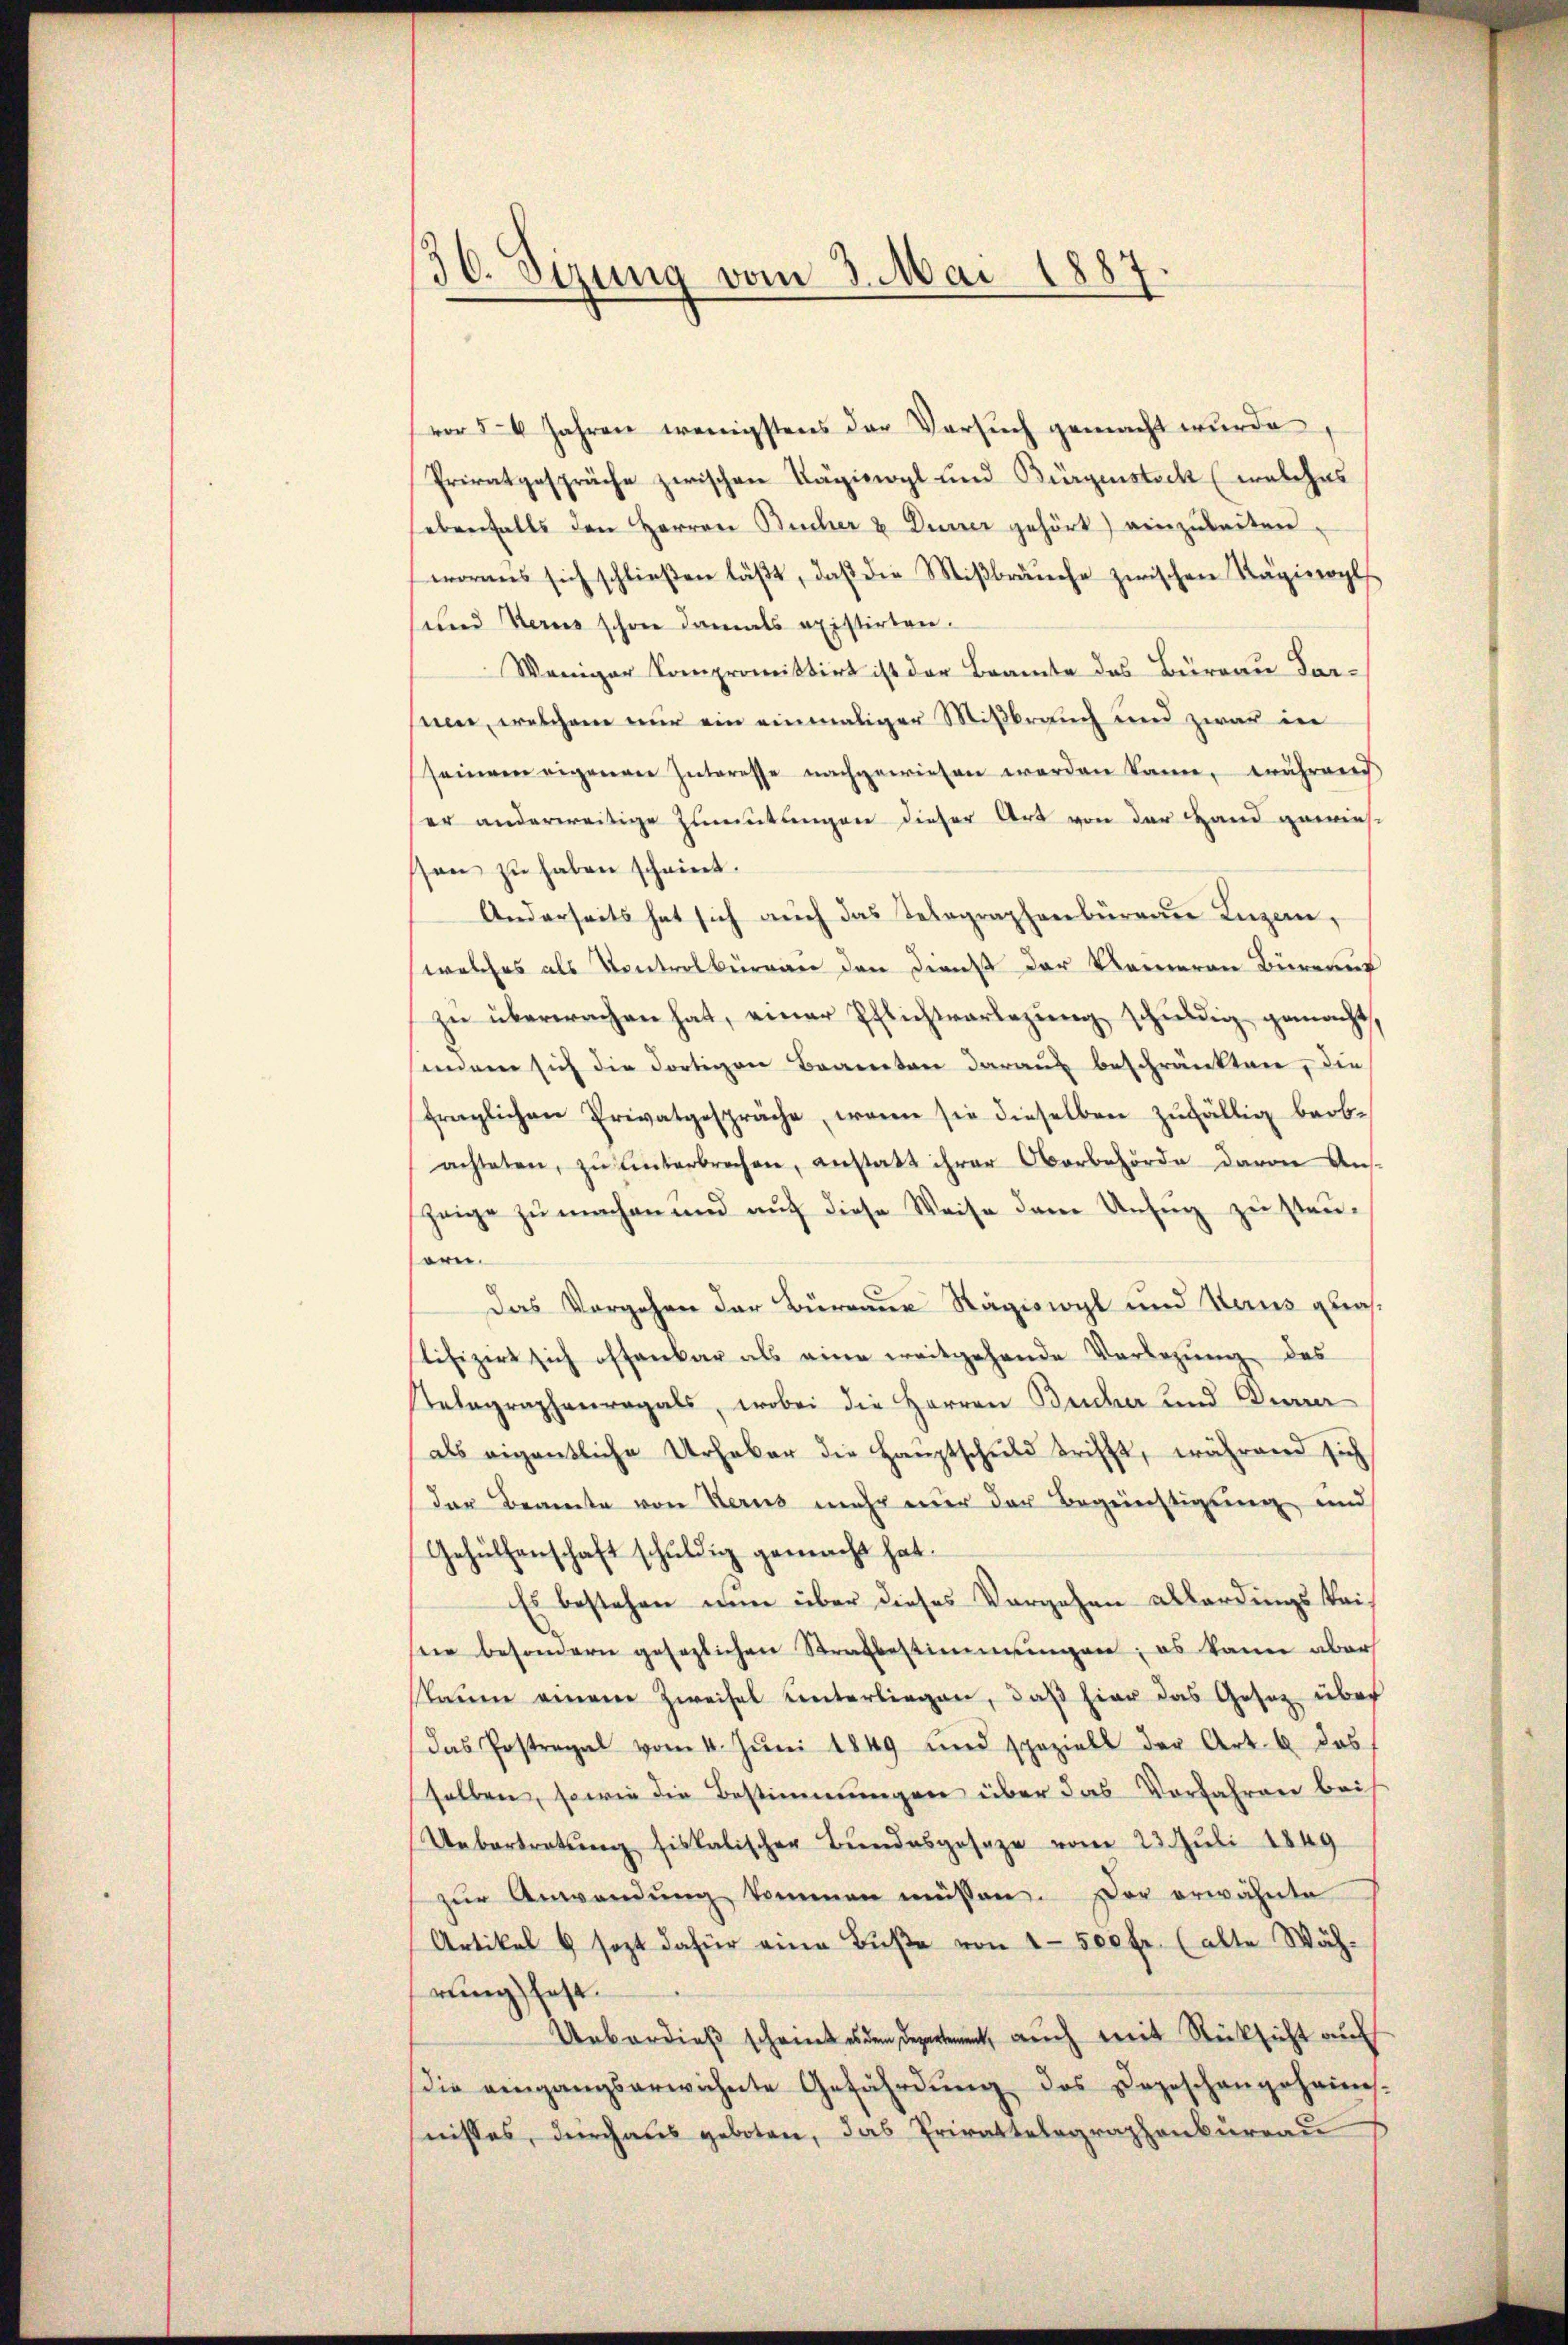
d
50. Sizung vom 3. Mai 1887.

vor 14 Jahren wenigstens der Versuch gemacht wurde,
Privatgespräche zwischen Käginogl und Bürgenstock (welches
ebenfalls den Herren Bücher u Dürrer gehört einzuleiten.
worans sich schlieβen läβt, daβ die Miβbraŭche zwischen Kägiwogls
und Verus schon damals existirten.
Weniger Compromittirt ist der Beamte des Büreau darsien, welchem nur ein einmaliger Mißbrauch und zwar in
seinem eigenen Interesse nachgewiesen werden kann, währen
er anderweitige Zumutlingen dieser Art von der Hand gewies
son zu haben scheint.
Anderseits hat sich auch das Telegraphenbüreau Luzern,
welches als Kontrolbüreau den Dienst der Kameran Büreauf
zŭ überwachen hat, einer Pflichtvorlegŭng schuldig gemacht,
inden sich die dortigen Brannten daraus beschränkten, die
fraglichen Privatgespräche, wenn sie dieselben zŭfällig beob-
achteten, zŭ ŭnterbrechen, anstatt ihrer Oberbehörde davon Aus-
zeige zu machen und auf diese Weise dem Unfug zu steusern.
Das Vorgehen der Bureau Rägiswyl und Haus quastifizirt sich offenbar als eine weitgehende Verlegŭng des
Selographenragals, wobei die Herren Bucher und Dur
als eigentliche Urhaber die Haŭptschŭld trifft, während sich
der Beamte von Kerus mehr einer der Begünstigung und
Gehülfenschaft schuldig gemacht hat.
Es bestehen nun über dieses Vorgehen allerdings keisein besondern gesezlichen Strafbestimmungen; es kann aber
kaum einem Zweifel unterliegen, daß hier das Gesetz über
Das Postregal vom 4. Jŭni 1849 und speziell der Art. 6 das
selben, sowie die Bestimmungen über das Vorfahren bei
Uebertretung fiskalischer Bundesgesage vom 23. Juli 1849
zŭr Anwendŭng kommen müssen. Der erwähnte
Artikel & sezt dafür eine Bŭβe von 1500 fr. (alte Wäh-
rung fest.
Ueberdieß scheintes den dement, auch mit Rücksicht auf
die eingangserwähnte Gefährdung des Depeschangeheimes.
nisses, durchaus geboten, das Privattelegraphenbureau